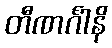
တီဏင်္ဂါနိ